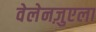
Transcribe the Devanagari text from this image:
वेलेनज़ुएला